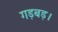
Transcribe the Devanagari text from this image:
गड़बड़।